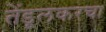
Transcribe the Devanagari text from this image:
तेंडूलकरचा